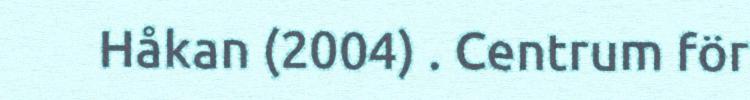
Håkan (2004) . Centrum för